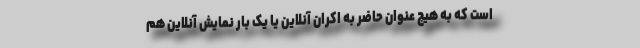
است که به هیچ عنوان حاضر به اکران آنلاین یا یک بار نمایش آنلاین هم